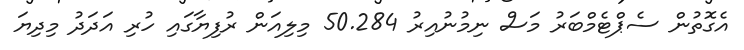
އެގޮތުން ސެޕްޓެމްބަރު މަސް ނިމުނުއިރު 50.284 މިލިއަން ރުފިޔާގައި ހުރި އަދަދު މިދިޔަ